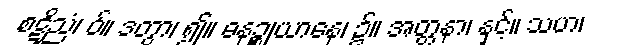
စဋိညံ၊ ဝ်။ ဒတွာ၊ ၍။ ဓနဉ္စုယာနေ၊ ၌။ အတ္တနာ၊ နှင့်။ သဟ၊